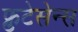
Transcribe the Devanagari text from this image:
फ्रुटेसेन्स